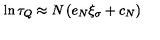
\ln \tau _ { Q } \approx N \left( e _ { N } \xi _ { \sigma } + c _ { N } \right)